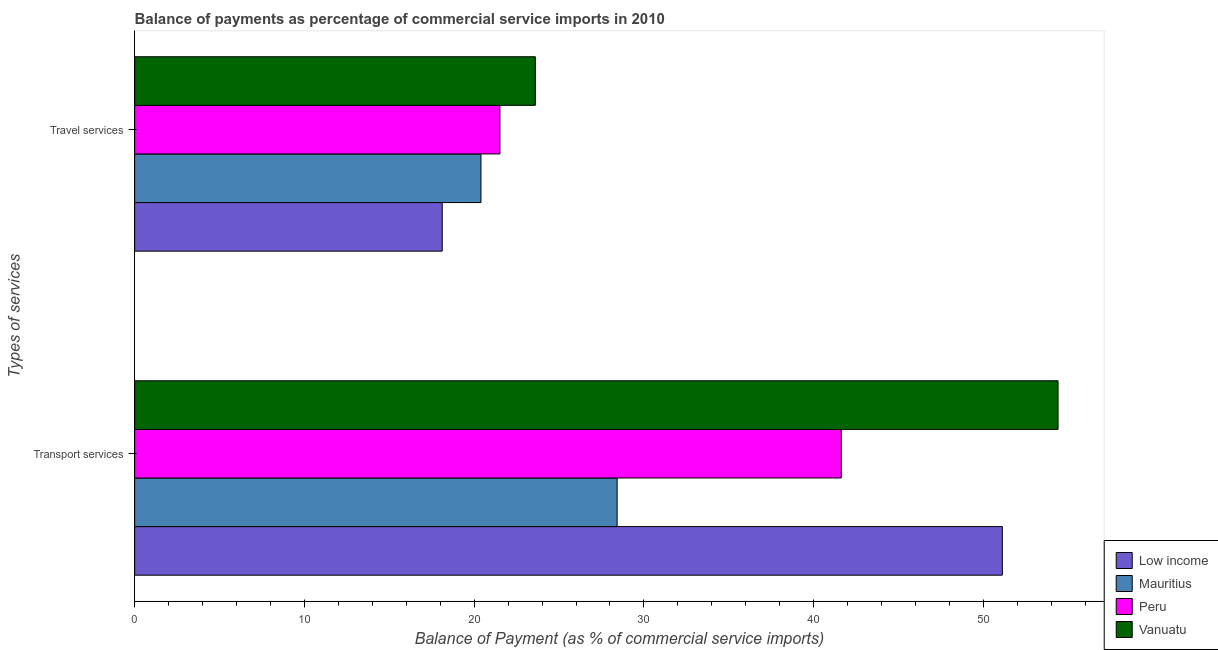
| Types of services | Low income | Mauritius | Peru | Vanuatu |
 | --- | --- | --- | --- | --- |
 | Transport services | 51.1 | 28.4 | 41.6 | 54.4 |
 | Travel services | 18.1 | 20.4 | 21.5 | 23.6 |